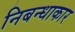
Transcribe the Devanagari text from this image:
निबन्धाकार